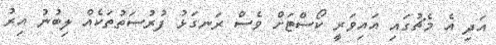
އަދި އެ މެޗުގައި އައިވަރީ ކޯސްޓަށް ވެސް ރަނގަޅު ފުރުސަތުތަކެއް ލިބުނު އިރު